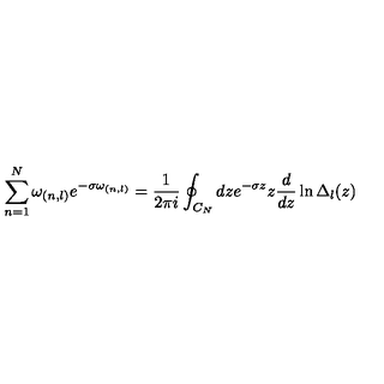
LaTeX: \sum _ { n = 1 } ^ { N } \omega _ { ( n , l ) } e ^ { - \sigma \omega _ { ( n , l ) } } = { \frac { 1 } { 2 \pi i } } \oint _ { C _ { N } } d z e ^ { - \sigma z } z { \frac { d } { d z } } \ln \Delta _ { l } ( z )